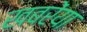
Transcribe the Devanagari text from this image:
खबरेंया